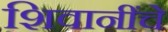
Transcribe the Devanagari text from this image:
शिवानींचे